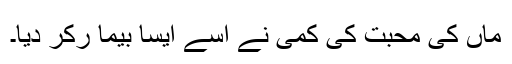
ماں کی محبت کی کمی نے اُسے ایسا بیما رکر دیا۔